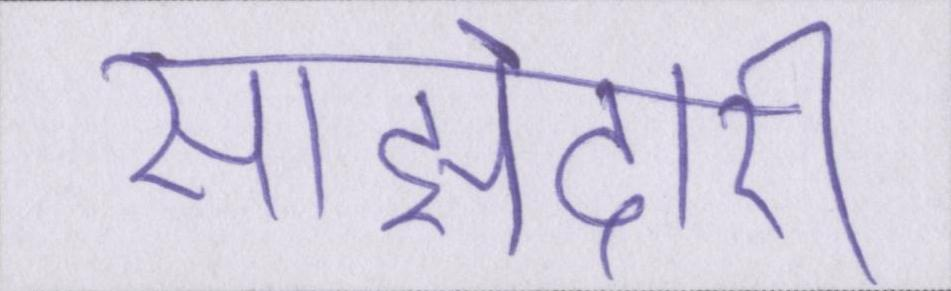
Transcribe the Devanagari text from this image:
साझेदारी